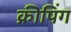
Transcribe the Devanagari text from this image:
क्रीपिंग